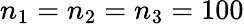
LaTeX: n_{1}=n_{2}=n_{3}=100